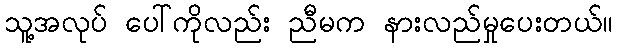
သူ့အလုပ် ပေါ်ကိုလည်း ညီမက နားလည်မှုပေးတယ်။